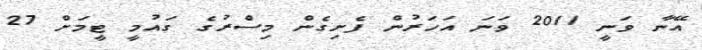
އޭނާ ވަނީ 2011 ވަނަ އަހަރުން ފެށިގެން މިސްރުގެ ގައުމީ ޓީމަށް 27